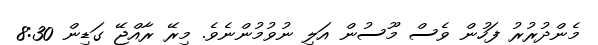
މެެންދުރުރު ފަހުން ވެސް މޫސުން އަލި ނުވުމުންނެވެ. މިރޭ ރާއްޖޭ ގަޑިން 8:30